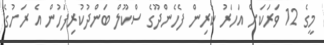
މީގެ 12 ވަރަކަށް އަހަރު ކުރިން ފެހެންދޫގެ ސްކޫލް ބަންދުކުރިފަހުން އެ ރަށުގެ